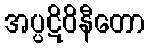
အပ္ပဋိဝိနီတော